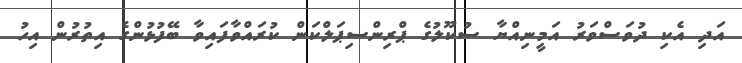
އަދި އެކި ދުވަސްވަރު އަމީނިއްޔާ ސުކޫލުގެ ޕްރިންސިޕަލްކަން ކުރައްވާފައިވާ ބޭފުޅުންގެ އިތުރުން އިހު